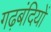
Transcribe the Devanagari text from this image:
गढ़बंदियों